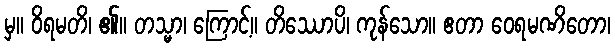
မှ။ ဝိရမတိ၊ ၏။ တသ္မာ၊ ကြောင့်။ တိဿောပိ၊ ကုန်သော။ ဧတာ ဝေရမဏိတော၊